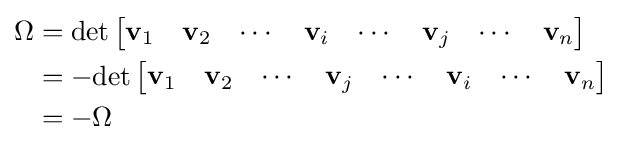
{\begin{aligned}\Omega &=\det {\begin{bmatrix}\mathbf {v} _{1}&\mathbf {v} _{2}&\cdots &\mathbf {v} _{i}&\cdots &\mathbf {v} _{j}&\cdots &\mathbf {v} _{n}\end{bmatrix}}\\&=-\!\det {\begin{bmatrix}\mathbf {v} _{1}&\mathbf {v} _{2}&\cdots &\mathbf {v} _{j}&\cdots &\mathbf {v} _{i}&\cdots &\mathbf {v} _{n}\end{bmatrix}}\\&=-\Omega \end{aligned}}